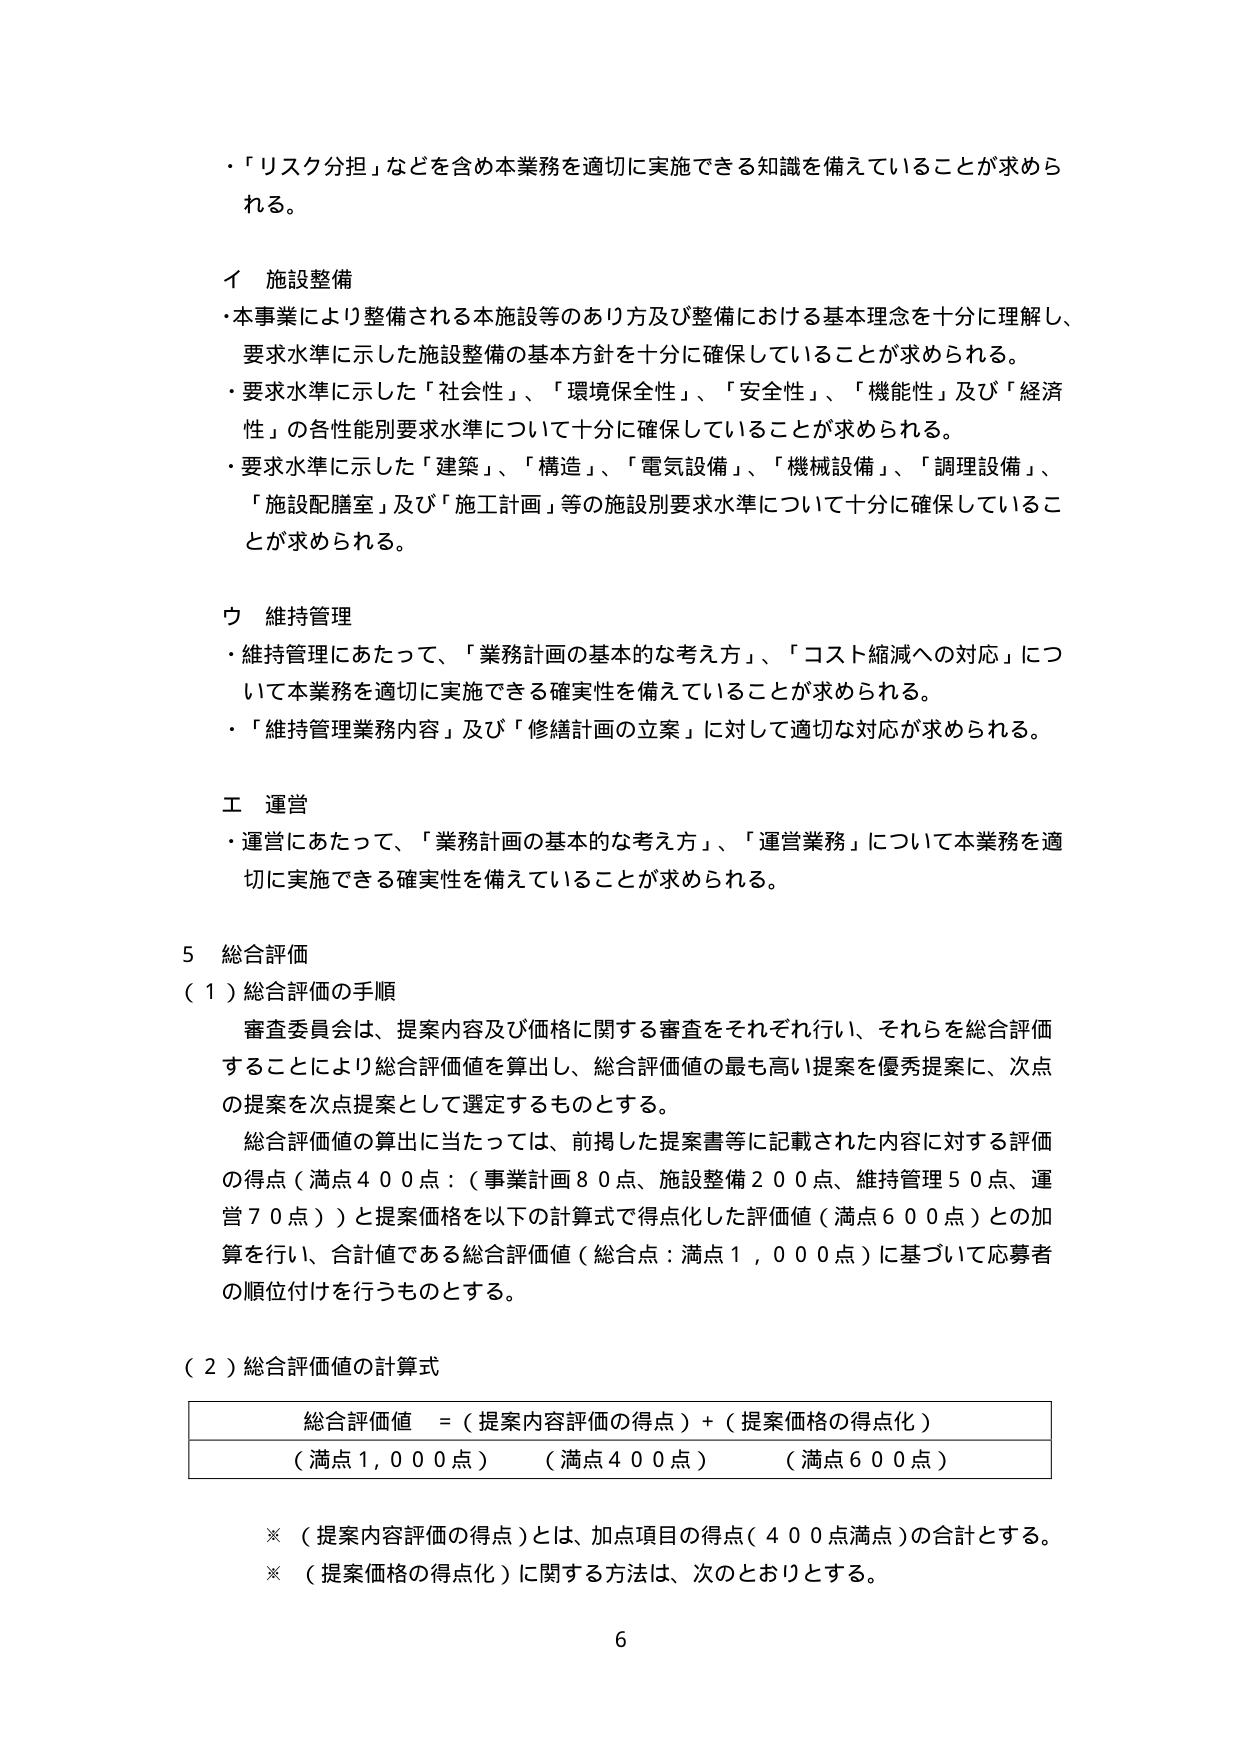
・「リスク分担」などを含め本業務を適切に実施できる知識を備えていることが求められる。

イ 施設整備
・本事業により整備される本施設等のあり方及び整備における基本理念を十分に理解し、要求水準に示した施設整備の基本方針を十分に確保していることが求められる。
・要求水準に示した「社会性」、「環境保全性」、「安全性」、「機能性」及び「経済性」の各性能別要求水準について十分に確保していることが求められる。
・要求水準に示した「建築」、「構造」、「電気設備」、「機械設備」、「調理設備」、「施設配膳室」及び「施工計画」等の施設別要求水準について十分に確保していることが求められる。

ウ 維持管理
・維持管理にあたって、「業務計画の基本的な考え方」、「コスト縮減への対応」について本業務を適切に実施できる確実性を備えていることが求められる。
・「維持管理業務内容」及び「修繕計画の立案」に対して適切な対応が求められる。

エ 運営
・運営にあたって、「業務計画の基本的な考え方」、「運営業務」について本業務を適切に実施できる確実性を備えていることが求められる。

5 総合評価
（1）総合評価の手順
審査委員会は、提案内容及び価格に関する審査をそれぞれ行い、それらを総合評価することにより総合評価値を算出し、総合評価値の最も高い提案を優秀提案に、次点の提案を次点提案として選定するものとする。
総合評価値の算出に当たっては、前掲した提案書等に記載された内容に対する評価の得点（満点400点：（事業計画80点、施設整備200点、維持管理50点、運営70点））と提案価格を以下の計算式で得点化した評価値（満点600点）との加算を行い、合計値である総合評価値（総合点：満点1,000点）に基づいて応募者の順位付けを行うものとする。

（2）総合評価値の計算式
総合評価値 = （提案内容評価の得点）+ （提案価格の得点化）
（満点1,000点） （満点400点） （満点600点）

※ （提案内容評価の得点）とは、加点項目の得点（400点満点）の合計とする。
※ （提案価格の得点化）に関する方法は、次のとおりとする。

6